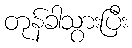
တုန်ခါသွားပြီး